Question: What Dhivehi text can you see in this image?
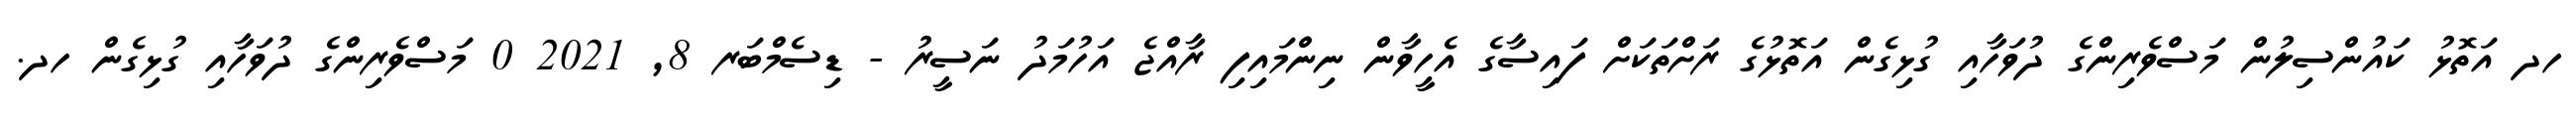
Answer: ހދ އަތޮޅު ކައުންސިލުން މަސްވެރިންގެ ދުވަހާއި ގުޅިގެން އަތޮޅުގެ ރަށްތަކަށް ފައިސާގެ އެހީވާން ނިންމައިފި ރާއްޖެ އަހުމަދު ނަސީރު - ޑިސެމްބަރ 8, 2021 0 މަސްވެރިންގެ ދުވަހާއި ގުޅިގެން ހދ.